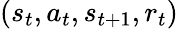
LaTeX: (s_{t},a_{t},s_{t+1},r_{t})